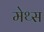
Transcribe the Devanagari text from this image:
मेथ्स